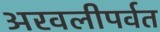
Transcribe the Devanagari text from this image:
अरवलीपर्वत